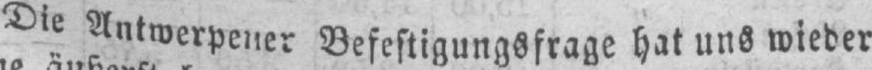
Die Antwerpener Befestigungsfrage hat uns wieder